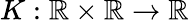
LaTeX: K:\mathbb{R}\times\mathbb{R}\to\mathbb{R}